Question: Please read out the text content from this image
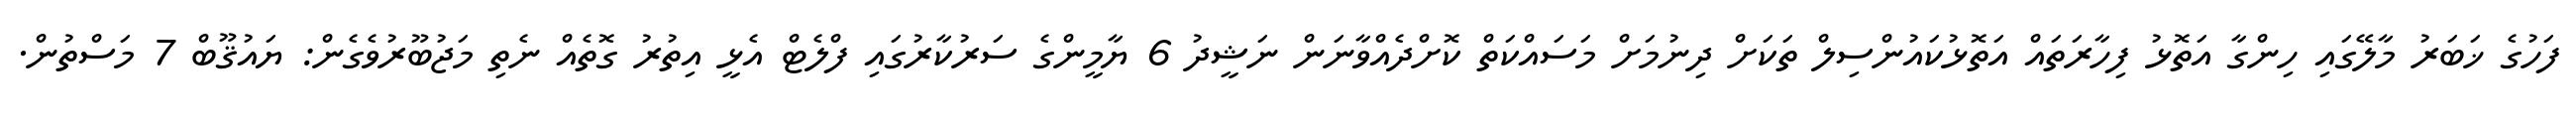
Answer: ފަހުގެ ޚަބަރު މާލޭގައި ހިންގާ އަތޮޅު ފިހާރަތައް އަތޮޅުކައުންސިލް ތަކަށް ދިނުމަށް މަސައްކަތް ކޮށްދެއްވާނަން ނަޝީދު 6 ޔާމީންގެ ސަރުކާރުގައި ފްލެޓް އެޅީ އިތުރު ގޮތެއް ނެތި މަޖުބޫރުވެގެން: ޔައުޤޫބް 7 މަސްތުން.